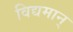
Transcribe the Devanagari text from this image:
विद्यमान्